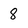
Character: 8